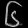
Digit: ၆